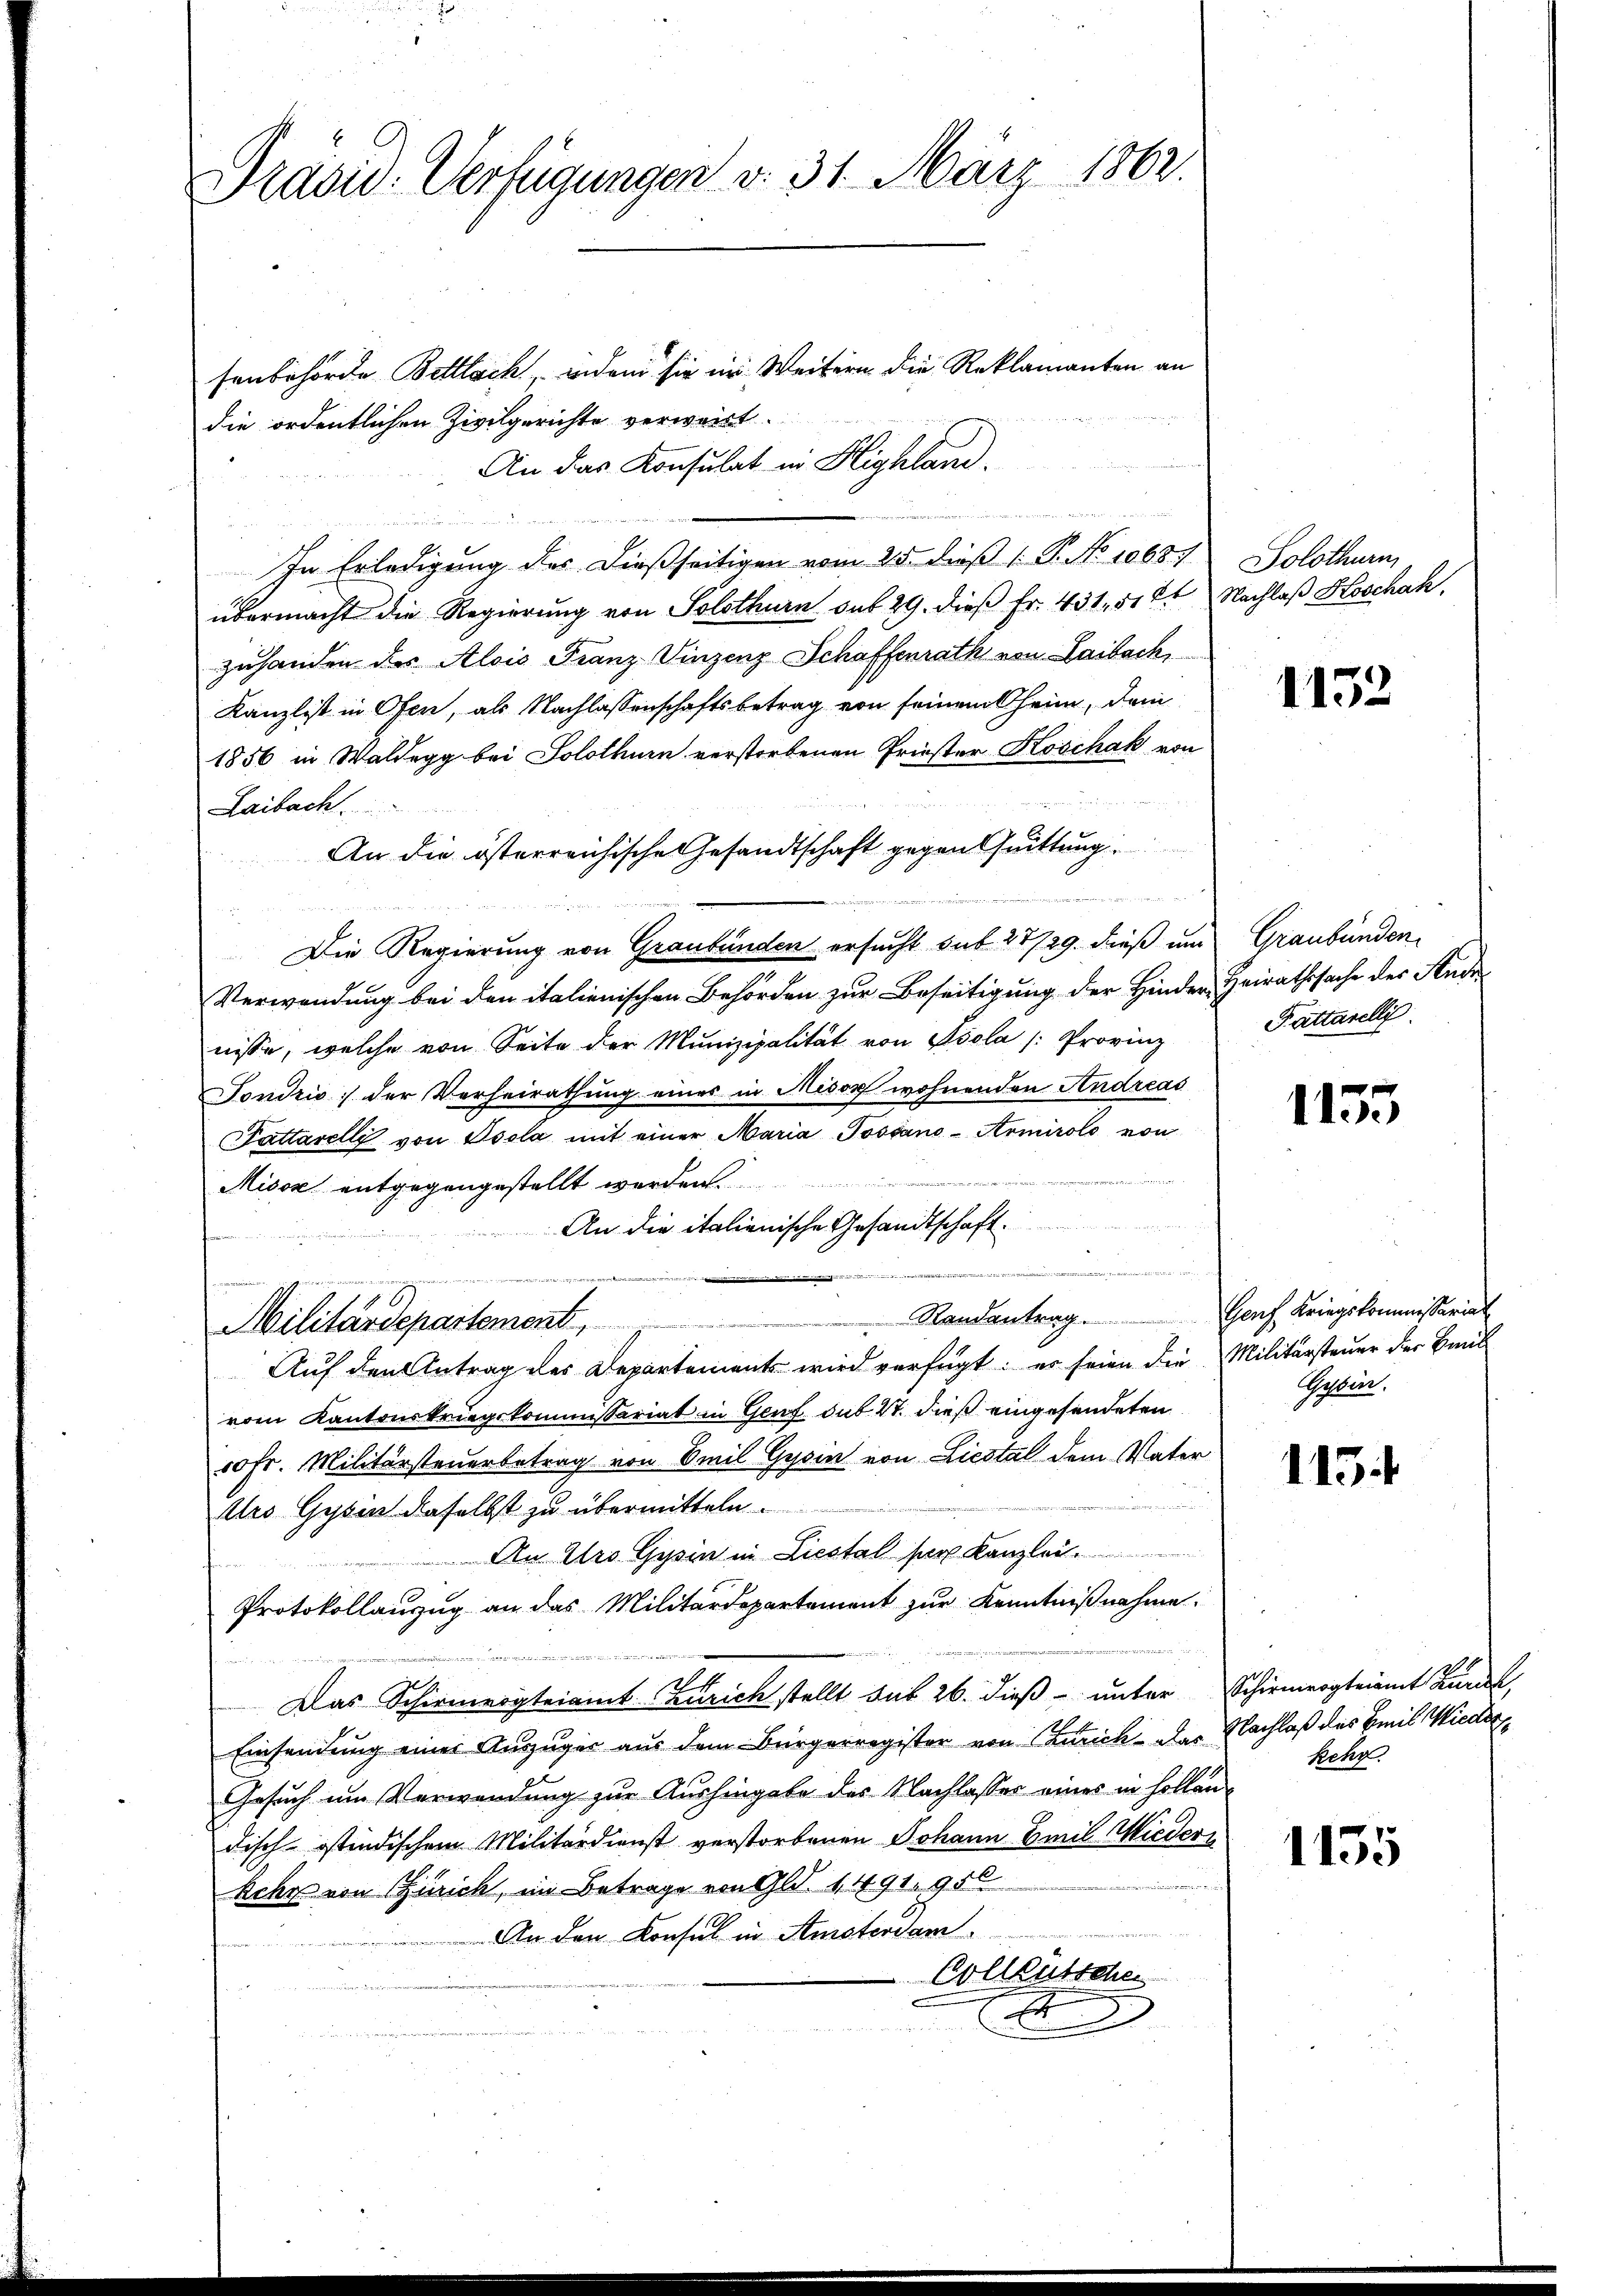
Präsid. Verfügungen d. 31. März 1862.

senbehörde Bellach, indem sie in Weitern die Reklamanten an
die ordentlichen Zivilgerichte verweist.
An das Konsulat in Highlam
In Erledigung der dießseitigen vom 25. dieß 1 P. No 10637. Solothurn
übermacht die Regierung von Solothurn sub 29. dieβ Fr. 431, 51 ft Nachlaß Koschah.
zuhanden des Alois Franz Vinzenz Schaffenrath von Laibach,
Kanzlist in Ofen, als Nachlassenschaftsbetrag von seinem heim, dem
1856 in Waldegg bei Solothurn verstorbenen Griester Koschak von
Laibach.
An die österreichische Gesandtschaft gegenthuittung
d
Die Regierung von Graubünden ersucht sub 27/29. dieß um Graubünden
Verwendung bei den italienischen Behörden zur Beseitigung der Hinder, Heirathssache des Ande
nisse, welche von Seite der Munizipalität von Psola /: Provinz
Sondris; der Verheirathung eines in Misox wohnenden Andreas
Pattarelli von Isola mit einer Maria Josiano-Armirolo von
Misox entgegengestellt werden.
An die italienische Gesandtschaft.
e
Randantrag.

Militärdepartement,
Auf den Antrag des Departement wird verfügt: er seien die Militärsteuer der Breit
vom Kantonskriegskommissariat in Genf sub. 17. dieß eingesendeten
50 Fr. Militärsteuerbetrag von Emil Gysin von Liestal dem Vater¬
Uro Gysin daselbst zu übermitteln.
An Ulro Gysin in Liestal ser Kanzlei.
Protokollauzug an das Militärdepartement zur Kenntnißnahme.
aweinem
Das Schirmvogteiamt Zürich stellt das 26. dieß unter Schirmergteiamt Zürich,
Einsendung einer Auszuger aus dem Bürgerregister von Zürich - das Nachlaß des Emil Wieder¬
Gesuch um Verwendung zur Aushingabe des Nachlasser eines in hollendisch-östindischem Militärdienst verstorbenen Johann Emil Wiedern
u
kehr von Zürich, im Betrage von Gld. 1491. 956

An den Konsul in Amsterdam
Colleütschen
F

1132

Pattaselli

1135

Genf Kriegskommissariat
Gattin.

115

kehr.

1155